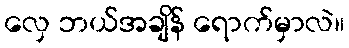
လှေ ဘယ်အချိန် ရောက်မှာလဲ။